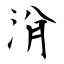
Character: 洕